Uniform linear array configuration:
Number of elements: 24
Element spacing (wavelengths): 1
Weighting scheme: binomial
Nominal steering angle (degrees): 0
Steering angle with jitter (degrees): -0.7522
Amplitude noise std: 0.05
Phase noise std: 0.05

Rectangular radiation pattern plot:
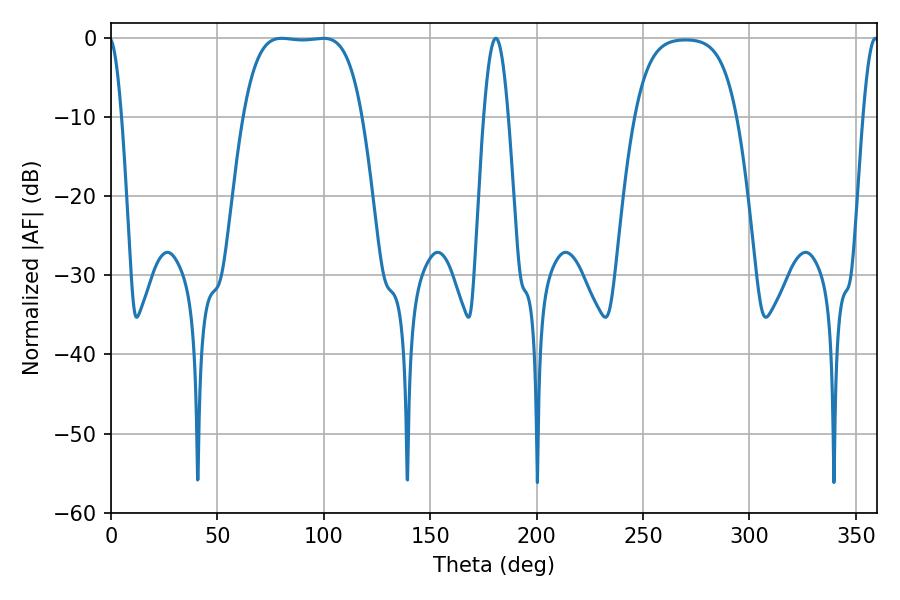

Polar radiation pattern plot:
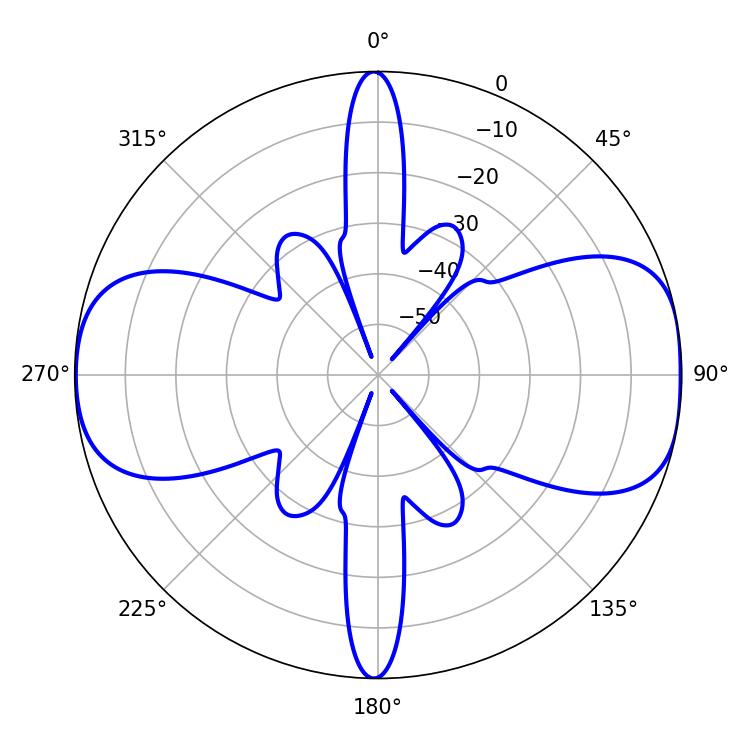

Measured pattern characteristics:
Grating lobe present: TRUE
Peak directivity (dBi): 10.416
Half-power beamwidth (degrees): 43.2
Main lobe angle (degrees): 80.28